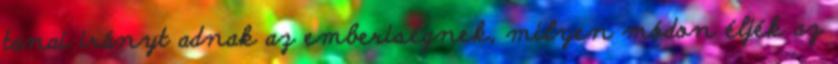
tanai irányt adnak az emberiségnek, milyen módon éljék az